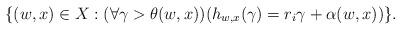
LaTeX: \begin{align*}\{(w,x)\in X: (\forall \gamma>\theta(w,x)) (h_{w,x}(\gamma)=r_i\gamma+\alpha(w,x))\}. \end{align*}